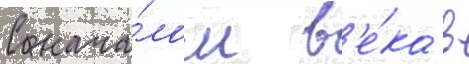
С нача́лом в'е́ка в